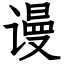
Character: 谩